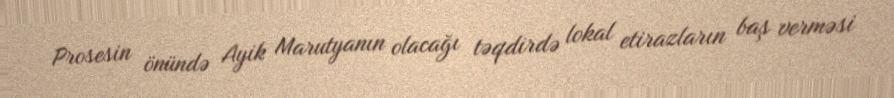
Prosesin önündə Ayik Marutyanın olacağı təqdirdə lokal etirazların baş verməsi